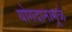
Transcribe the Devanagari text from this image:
योगदानामूळे